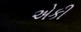
એકી